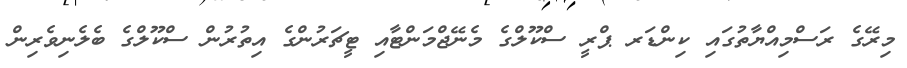
މިރޭގެ ރަސްމިއްޔާތުގައި ކިންޑަރ ޕްރީ ސްކޫލްގެ މެނޭޖްމަންޓާއި ޓީޗަރުންގެ އިތުރުން ސްކޫލްގެ ބެލެނިވެރިން